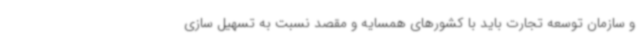
و سازمان توسعه تجارت باید با کشورهای همسایه و مقصد نسبت به تسهیل سازی